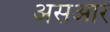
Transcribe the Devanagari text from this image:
असआर